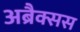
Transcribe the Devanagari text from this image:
अब्रैक्सस